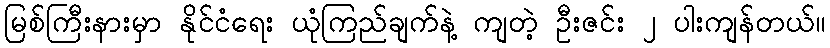
မြစ်ကြီးနားမှာ နိုင်ငံရေး ယုံကြည်ချက်နဲ့ ကျတဲ့ ဦးဇင်း ၂ ပါးကျန်တယ်။